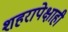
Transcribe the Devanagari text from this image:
शहरापेक्षाही